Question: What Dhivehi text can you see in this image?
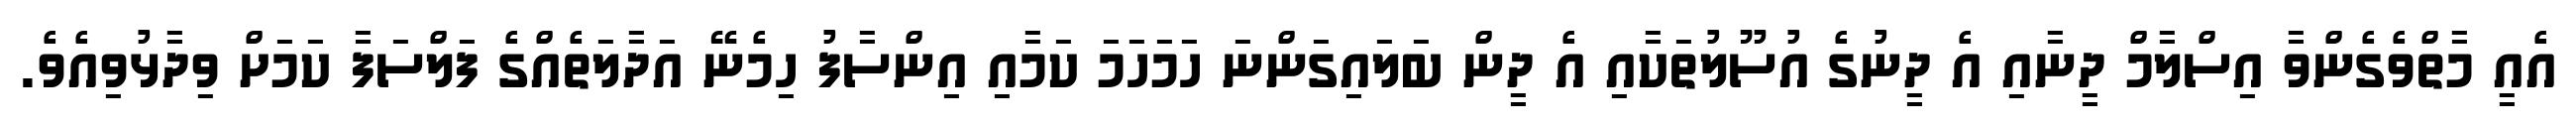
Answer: އެއީ މާތްވެގެންވާ އިސްލާމް ދީނާއި އެ ދީނުގެ އުސޫލުތަކާއި އެ ދީން ބަލައިގަންނަ ހަމަހަމަ ކަމާއި އިންސާފު ހިމެނޭ އަދާލަތެއްގެ ފަލްސަފާ ކަމަށް ވިދާޅުވިއެވެ.